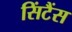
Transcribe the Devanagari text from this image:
सिंटैंस